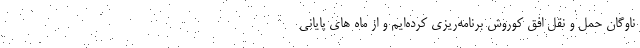
ناوگان حمل و نقل افق کوروش برنامه‌ریزی کرده‌ایم و از ماه های پایانی